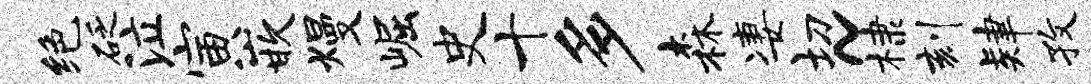
绝砭泣寅嵌熳崛史十多森凄切~棣刻肄孜